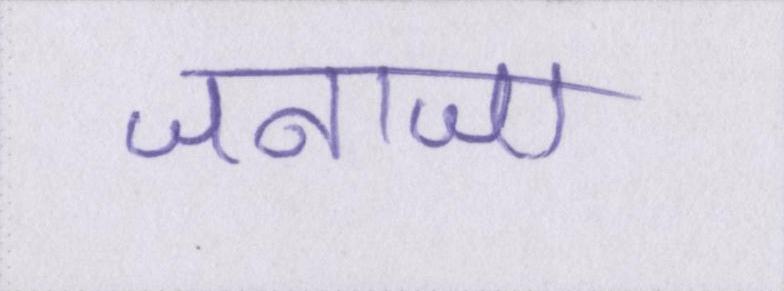
जनाजा